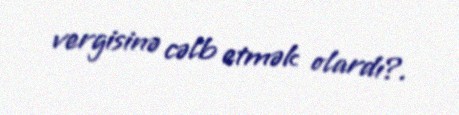
vergisinə cəlb etmək olardı?.